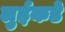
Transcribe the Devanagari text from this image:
लुईकडे